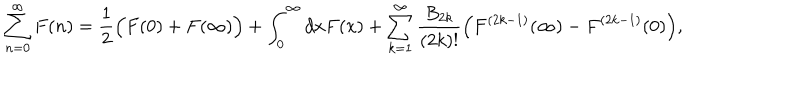
\sum _ { n = 0 } ^ { \infty } F ( n ) = \frac { 1 } { 2 } \Bigl ( F ( 0 ) + F ( \infty ) \Bigr ) + \int _ { 0 } ^ { \infty } d x F ( x ) + \sum _ { k = 1 } ^ { \infty } \frac { B _ { 2 k } } { ( 2 k ) ! } \Bigl ( F ^ { ( 2 k - 1 ) } ( \infty ) - F ^ { ( 2 k - 1 ) } ( 0 ) \Bigr ) ,